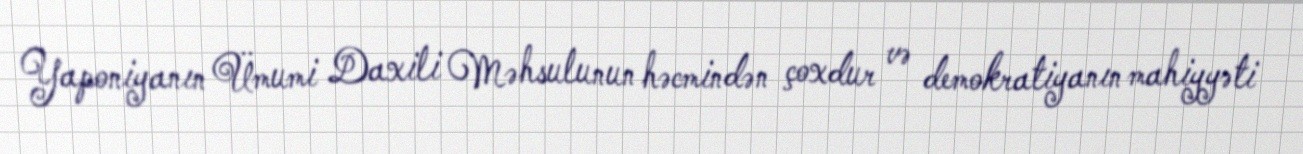
Yaponiyanın Ümumi Daxili Məhsulunun həcmindən çoxdur və demokratiyanın mahiyyəti